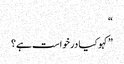
“
”کہو کیا درخواست ہے؟